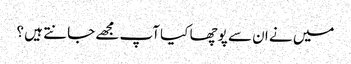
میں نے ان سے پوچھا کیا آپ مجھے جانتے ہیں ؟